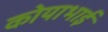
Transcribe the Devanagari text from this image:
कोयाभाई